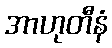
အာဟုတီနံ